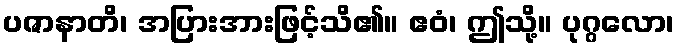
ပဇာနာတိ၊ အပြားအားဖြင့်သိ၏။ ဧဝံ၊ ဤသို့။ ပုဂ္ဂလော၊